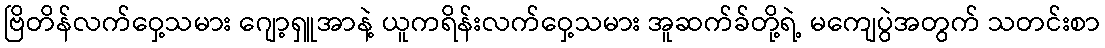
ဗြိတိန်လက်ဝှေ့သမား ဂျော့ရှူအာနဲ့ ယူကရိန်းလက်ဝှေ့သမား အူဆက်ခ်တို့ရဲ့ မကျေပွဲအတွက် သတင်းစာ